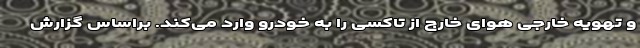
و تهویه خارجی هوای خارج از تاکسی را به خودرو وارد می‌کند. براساس گزارش